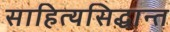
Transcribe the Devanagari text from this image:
साहित्यसिद्धान्त